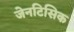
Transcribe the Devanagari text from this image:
जेनटिसिक